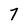
Character: 7